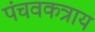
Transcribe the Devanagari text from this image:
पंचवकत्राय